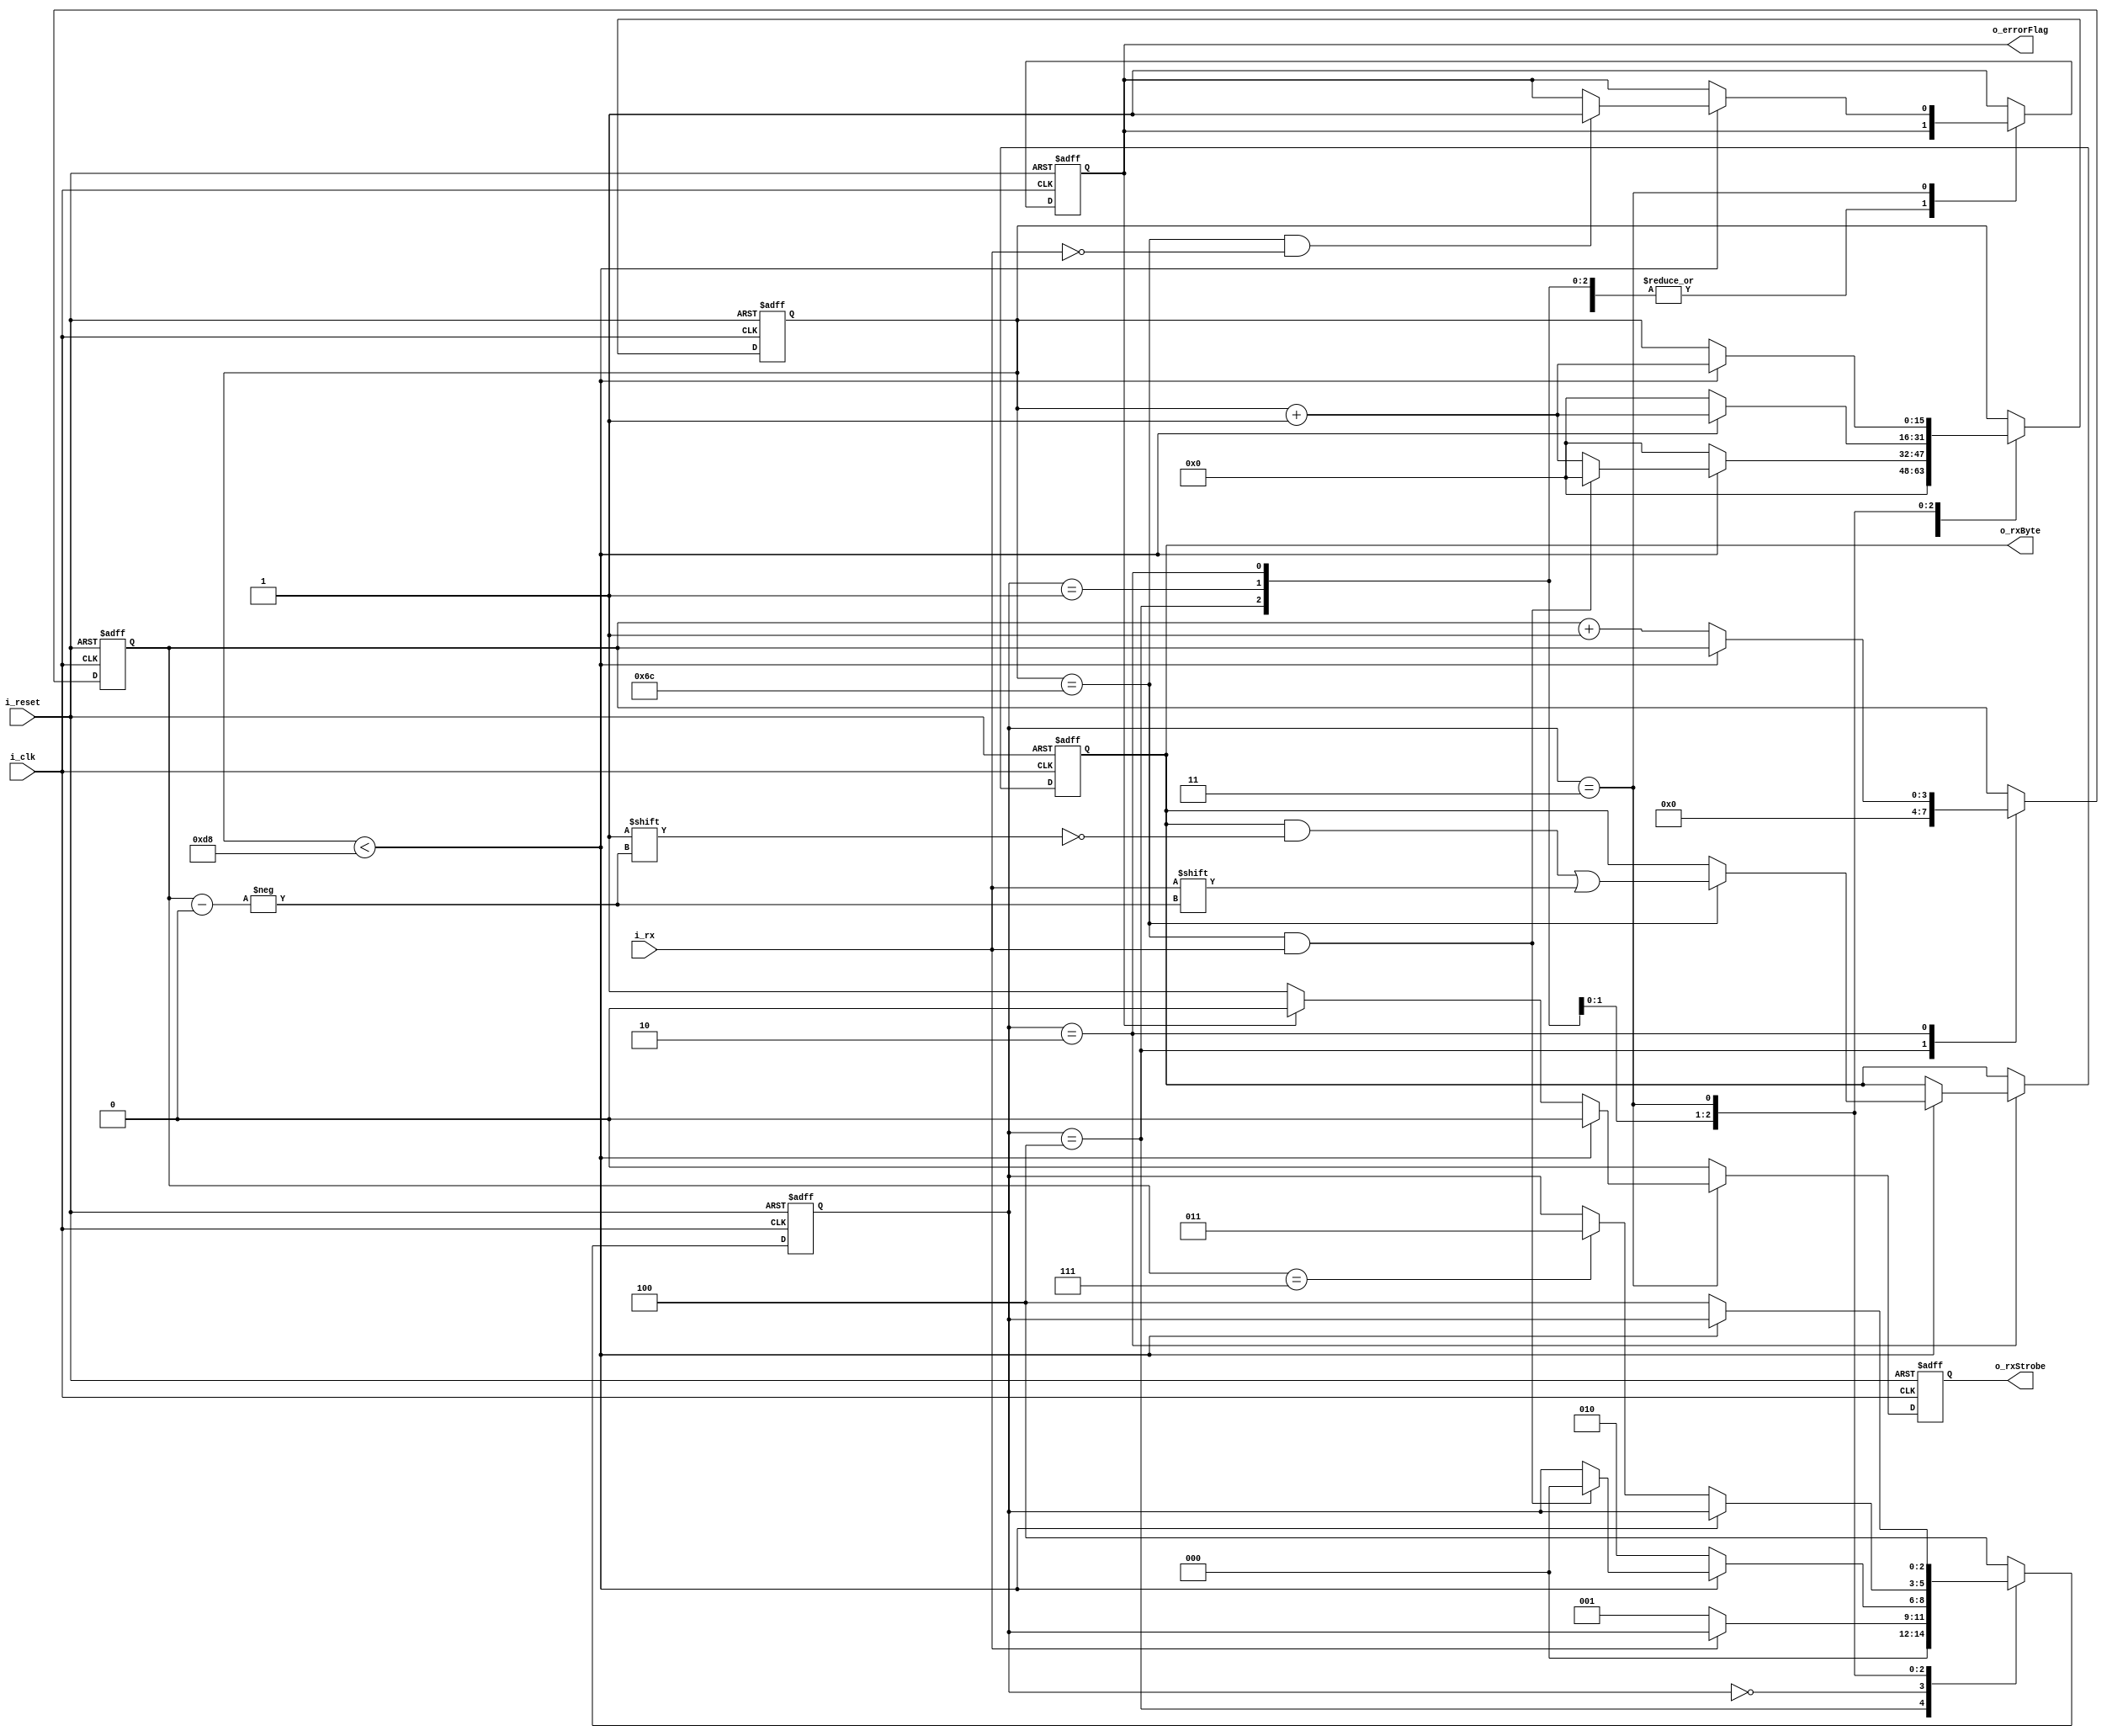
`default_nettype none
module UART_Rx
#(
    parameter CLKS_PER_BIT = 217,
    parameter NUM_DATA_BITS = 8
)
(
    input i_clk,
    input i_rx,
    input i_reset,
    output o_rxStrobe,
    output o_errorFlag,
    output [NUM_DATA_BITS - 1:0] o_rxByte
);

    // states
    parameter IDLE = 3'h0;
    parameter START_BIT = 3'h1;
    parameter DATA_BITS = 3'h2;
    parameter STOP_BIT = 3'h3;
    parameter RESET = 3'h4;

    reg [NUM_DATA_BITS - 1:0] r_rxByte = 0;
    reg [2:0] r_smState = RESET;
    reg r_rxStrobe = 0;
    reg r_errorFlag = 0;
    reg [3:0] r_bitIdx = 0;
    reg [15:0] r_clkCount = 0;
    reg [15:0] r_sampleCount = CLKS_PER_BIT >> 1;

    always @(posedge i_clk, posedge i_reset)
    if (i_reset)
    begin
        r_rxStrobe <= 0;
        r_errorFlag <= 0;
        r_rxByte <= 0;
        r_smState <= RESET;
        r_bitIdx <= 0;
        r_clkCount <= 0;
    end
    else
    begin
        r_rxStrobe <= 0;
        case (r_smState)
            RESET:
            begin
                r_clkCount <= 0;
                r_bitIdx <= 0;
                r_smState <= IDLE;
            end


            IDLE:
            begin
                if (i_rx == 1'b0)
                    r_smState <= START_BIT;
            end

            START_BIT:
            begin
                if (r_clkCount < CLKS_PER_BIT - 1)
                begin
                    r_clkCount <= r_clkCount + 1;
                    // check if start bit is still low
                    if ((r_clkCount == r_sampleCount) && (i_rx != 1'b0))
                    begin
                        r_smState <= IDLE;
                        r_clkCount <= 0;
                    end
                end
                else
                begin
                    r_smState <= DATA_BITS;
                    r_clkCount <= 0;
                end
            end

            DATA_BITS:
            begin
                if (r_clkCount < CLKS_PER_BIT - 1)
                begin
                    r_clkCount <= r_clkCount + 1;
                    if (r_clkCount == r_sampleCount)
                        r_rxByte[r_bitIdx] <= i_rx;
                end
                else
                begin
                    r_clkCount <= 0;
                    r_bitIdx <= r_bitIdx + 1;
                    if (r_bitIdx == NUM_DATA_BITS - 1)
                        r_smState <= STOP_BIT;
                end
            end

            STOP_BIT:
            begin
                if (r_clkCount < CLKS_PER_BIT - 1)
                begin
                    r_clkCount <= r_clkCount + 1;
                    // check for correct stop bit
                    if ((r_clkCount == r_sampleCount) && (i_rx != 1'b1))
                        r_errorFlag <= 1;
                end
                else
                begin
                    if (!r_errorFlag)
                        r_rxStrobe <= 1;
                    r_smState <= RESET;
                end
            end

            default:
            begin
                r_smState <= RESET;
                r_errorFlag <= 1;
            end
                

        endcase
    end

    assign o_rxStrobe = r_rxStrobe;
    assign o_errorFlag = r_errorFlag;
    assign o_rxByte = r_rxByte;

endmodule